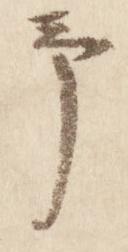
予